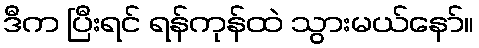
ဒီက ပြီးရင် ရန်ကုန်ထဲ သွားမယ်နော်။